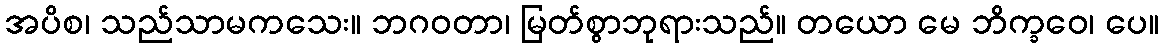
အပိစ၊ သည်သာမကသေး။ ဘဂဝတာ၊ မြတ်စွာဘုရားသည်။ တယော မေ ဘိက္ခဝေ၊ ပေ။